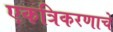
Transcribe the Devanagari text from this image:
एकत्रिकरणाचे